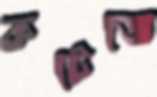
কটেজে